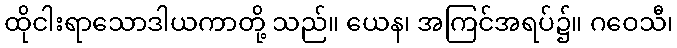
ထိုငါးရာသောဒါယကာတို့ သည်။ ယေန၊ အကြင်အရပ်၌။ ဂဝေသီ၊